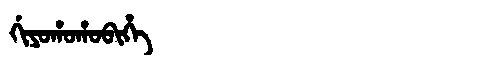
Manchu: ᡤᡳᠶᠣᡥᠣᡥᠣᠪᡳᡥᡝ
Romanization: GIYOHOHOBIHE